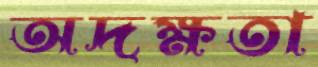
অদক্ষতা